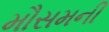
મૌસમની